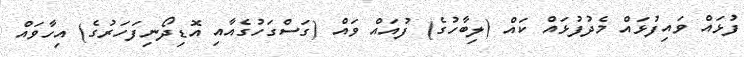
ފުޅައް ވައިފުޅައް މެދުފުޅައް ކައް (ލިބާހުގެ) ފުއައް ވައް (ގަސްގަހުގެއާއި އޮޑިދޯނިފަހަރުގެ) އިހާވައް